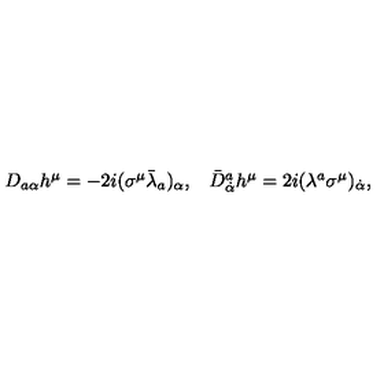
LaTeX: \begin{array} { c c } { D _ { a \alpha } h ^ { \mu } = - 2 i ( \sigma ^ { \mu } \bar { \lambda } _ { a } ) _ { \alpha } , } & { \bar { D } { } _ { \dot { \alpha } } ^ { a } h ^ { \mu } = 2 i ( \lambda ^ { a } \sigma ^ { \mu } ) _ { \dot { \alpha } } , } \\ \end{array}